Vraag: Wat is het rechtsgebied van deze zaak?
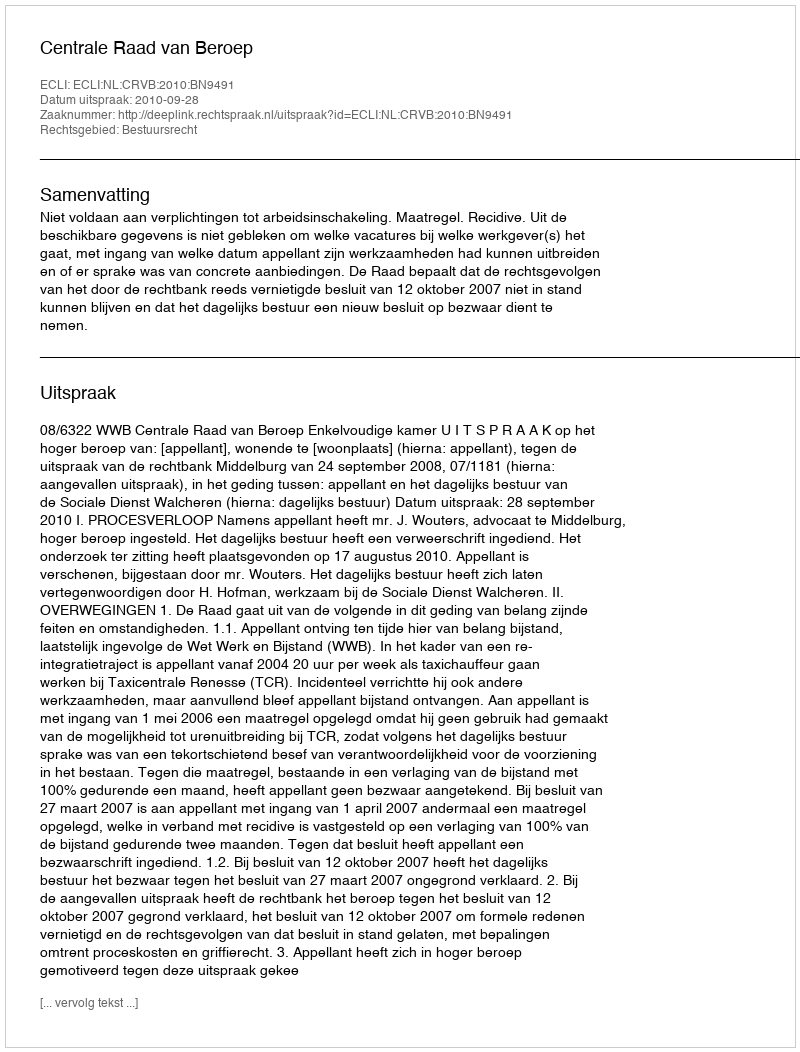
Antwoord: Bestuursrecht